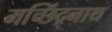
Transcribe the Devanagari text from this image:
मच्छिंद्र्नाथ